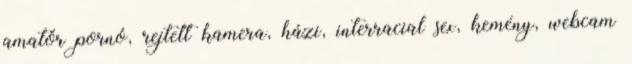
amatőr pornó, rejtett kamera, házi, interracial sex, kemény, webcam